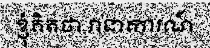
ខ្ញុំគិតថា វាជាការណ៍